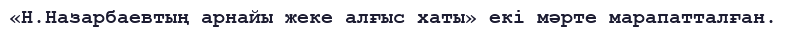
«Н.Назарбаевтың арнайы жеке алғыс хаты» екі мәрте марапатталған.